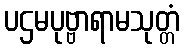
ပဌမပုဗ္ဗာရာမသုတ္တံ